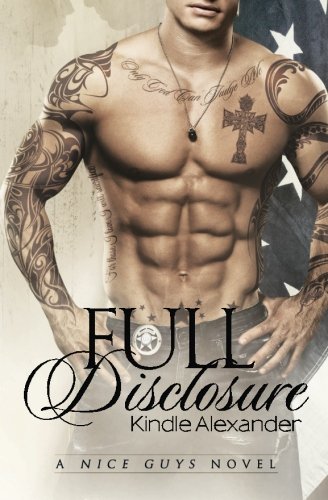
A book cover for Full Disclosure (A Nice Guys Novel) (Volume 2); Kindle Alexander; Romance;